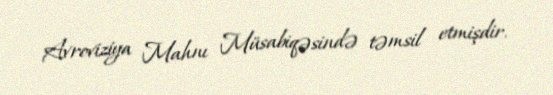
Avroviziya Mahnı Müsabiqəsində təmsil etmişdir.